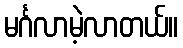
မင်္ဂလာမဲ့လာတယ်။